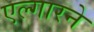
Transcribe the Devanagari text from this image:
एल्गारने